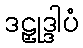
ဒဠှုဒ္ဒါပံ